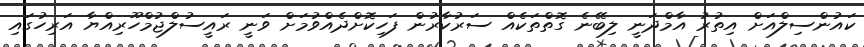
ކައުންސިލްއަށް އިތުރު އާމްދަނީ ލިބޭނެ ގޮތްތަކެއް ސަރުކާރުން ފަހިކޮށްދެއްވުމަށް ވަނީ ރައީސުލްޖުމްހޫރިއްޔާ އަރިހުގައި